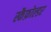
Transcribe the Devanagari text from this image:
स्कैफ़ोल्डर